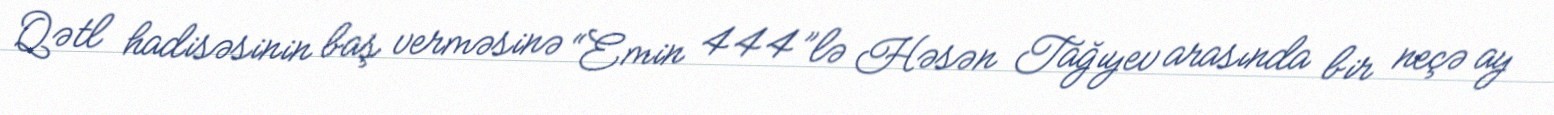
Qətl hadisəsinin baş verməsinə “Emin 444”lə Həsən Tağıyev arasında bir neçə ay